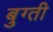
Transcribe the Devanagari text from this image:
बुग्ती